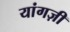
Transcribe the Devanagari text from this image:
यांगज़ी